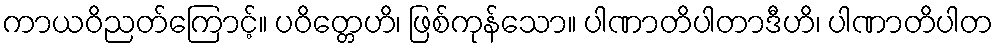
ကာယဝိညတ်ကြောင့်။ ပဝိတ္တေဟိ၊ ဖြစ်ကုန်သော။ ပါဏာတိပါတာဒီဟိ၊ ပါဏာတိပါတ